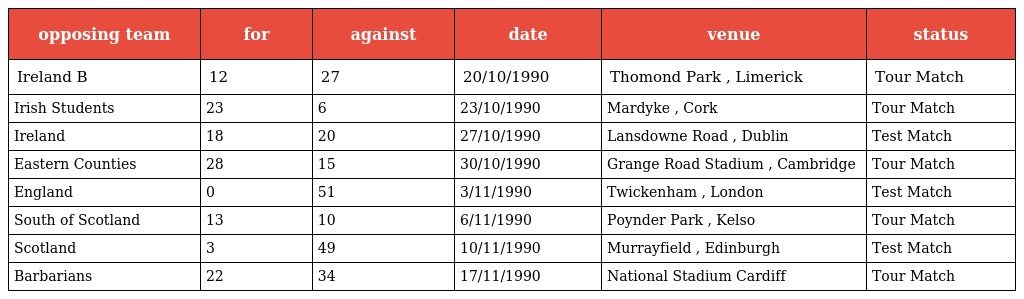
| opposing team | for | against | date | venue | status |
 | --- | --- | --- | --- | --- | --- |
 | Ireland B | 12 | 27 | 20/10/1990 | Thomond Park , Limerick | Tour Match |
 | Irish Students | 23 | 6 | 23/10/1990 | Mardyke , Cork | Tour Match |
 | Ireland | 18 | 20 | 27/10/1990 | Lansdowne Road , Dublin | Test Match |
 | Eastern Counties | 28 | 15 | 30/10/1990 | Grange Road Stadium , Cambridge | Tour Match |
 | England | 0 | 51 | 3/11/1990 | Twickenham , London | Test Match |
 | South of Scotland | 13 | 10 | 6/11/1990 | Poynder Park , Kelso | Tour Match |
 | Scotland | 3 | 49 | 10/11/1990 | Murrayfield , Edinburgh | Test Match |
 | Barbarians | 22 | 34 | 17/11/1990 | National Stadium Cardiff | Tour Match |